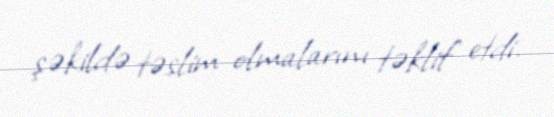
şəkildə təslim olmalarını təklif etdi.